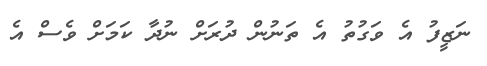
ނަޒީފު އެ ވަގުތު އެ ތަނުން ދުރަށް ނުދާ ކަމަށް ވެސް އެ